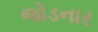
જોડનાર